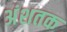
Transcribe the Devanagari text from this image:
अंशतक